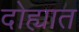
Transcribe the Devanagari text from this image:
दोह्यात